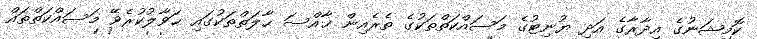
ކޮމިޝަނުގެ އިދާރާގެ އަދި ޔުނިޓުގެ މަސައްކަތްތަކުގެ ތެރެއިން ޚާއްސަ ޙާލަތްތަކުގައި ޙަވާލުކުރެވޭ މަސައްކަތްތައް